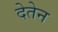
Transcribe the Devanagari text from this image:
देतेन